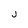
Character: J